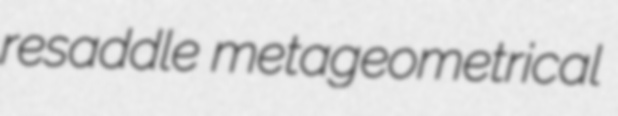
resaddle metageometrical